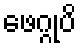
ဖေဂ္ဂုပိ